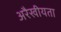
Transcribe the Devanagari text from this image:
अरैखीयता